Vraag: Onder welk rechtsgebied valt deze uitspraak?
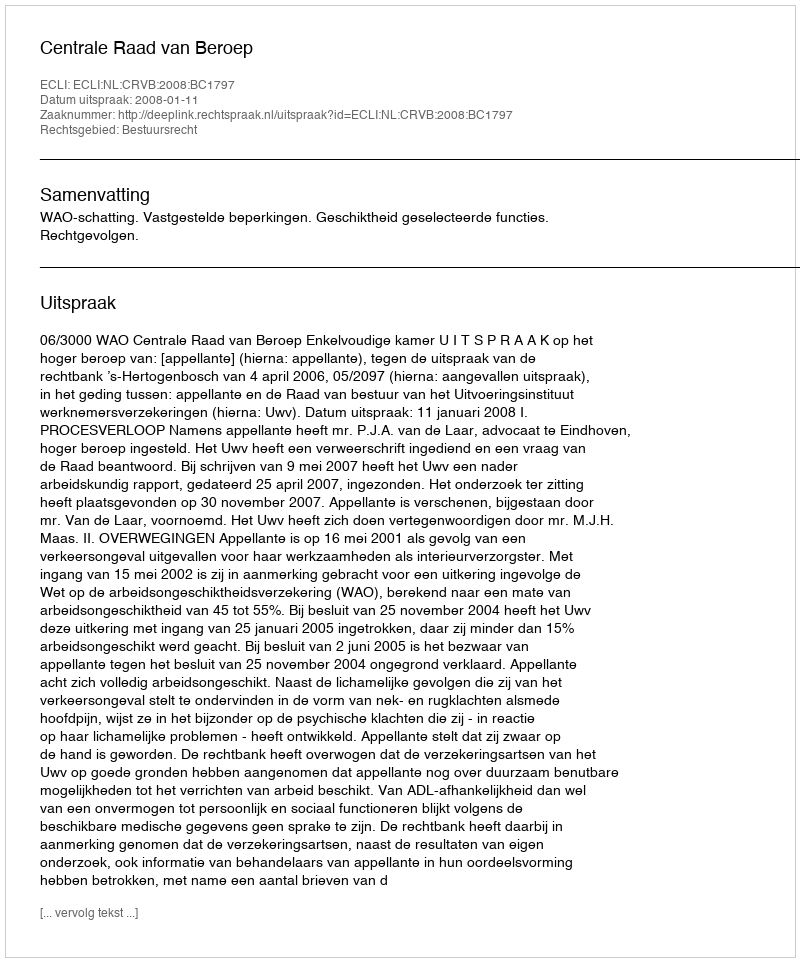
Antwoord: Bestuursrecht